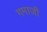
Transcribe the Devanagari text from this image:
गमाजी